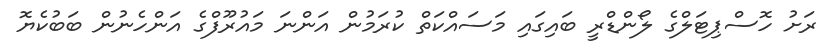
ރަށު ހޮސްޕިޓަލްގެ ލޯންޑްރީ ބައިގައި މަސައްކަތް ކުރަމުން އަންނަ މައުރޫފްގެ އަންހެނުން ބަބުކެޔޮ